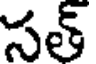
సత్